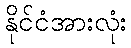
နိုင်ငံအားလုံး